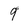
Character: 9